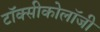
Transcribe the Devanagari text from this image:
टॉक्सीकोलॉजी